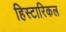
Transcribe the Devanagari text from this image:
हिस्टारिकल